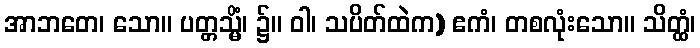
အာဘတေ၊ သော။ ပတ္တသ္မိံ၊ ၌။ ဝါ၊ သပိတ်ထဲက) ဧကံ၊ တစလုံးသော။ သိတ္ထံ၊